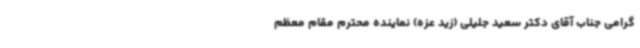
گرامی جناب آقای دکتر سعید جلیلی (زید عزه) نماینده محترم مقام معظم